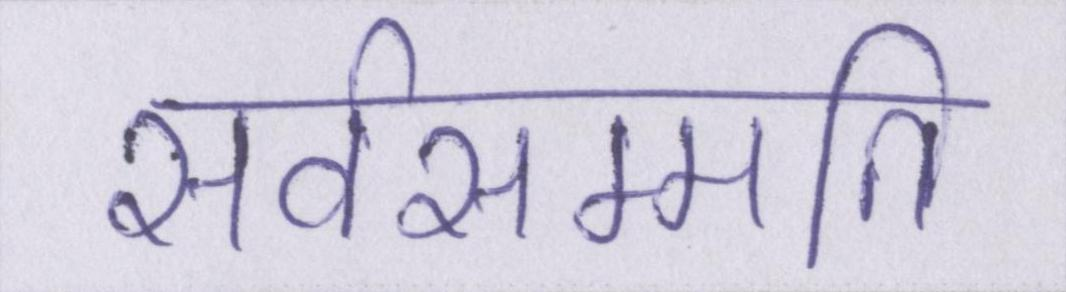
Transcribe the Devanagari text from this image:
सर्वसम्मति